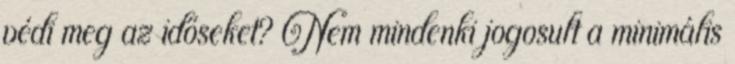
védi meg az időseket? Nem mindenki jogosult a minimális